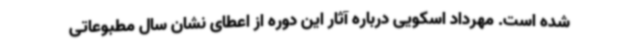
شده است. مهرداد اسکویی درباره آثار این دوره از اعطای نشان سال مطبوعاتی